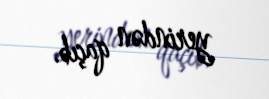
yerindən qaçıb.